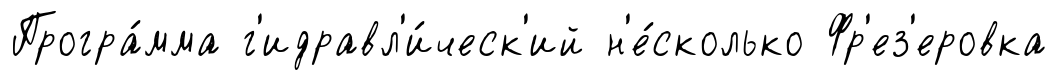
Програ́мма г'идравл'и́ческ'ий н'е́сколько Фр'ез'еровка